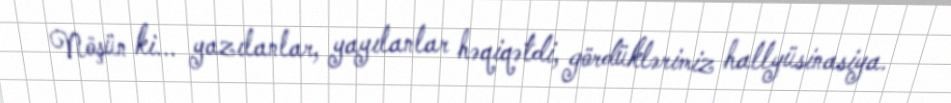
Nöşün ki... yazılanlar, yayılanlar həqiqətdi, gördüklərimiz hallyüsinasiya.